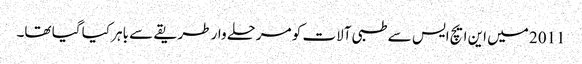
2011 میں این ایچ ایس سے طبی آلات کو مرحلے وار طریقے سے باہر کیا گیا تھا۔